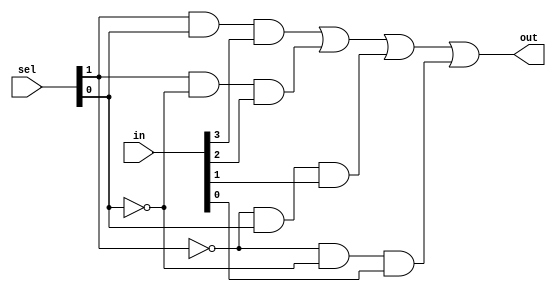
module mux4x1 (input [3:0] in, input [1:0] sel, output out);
    wire [1:0] sel_bar;
    wire [3:0] t;
    integer a,b,c,d;
    not n1(sel_bar[0],sel[0]) , n2(sel_bar[1],sel[1]);
    and a3 (t[3], sel[1],sel[0], in[3]), a2 (t[2], sel[1],sel_bar[0], in[2]),
    a1(t[1], sel_bar[1],sel[0], in[1]), a0(t[0], sel_bar[1],sel_bar[0], in[0]);
    or(out, t[3],t[2],t[1],t[0]);
endmodule

module bus_multiplexer (D3, D2, D1, D0, SEL, DBUS);
    parameter N = 16;
    input [N-1:0] D3,D2,D1,D0;
    input [1:0] SEL;
    output [N-1:0] DBUS;

    genvar i;
    generate for (i=0;i<N;i=i+1) 
        begin
            mux4x1 m1 ( {D3[i],D2[i],D1[i],D0[i]} , {SEL[1], SEL[0]}, DBUS[i]);
        end
    endgenerate
endmodule